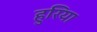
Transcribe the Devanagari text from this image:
हुरिया